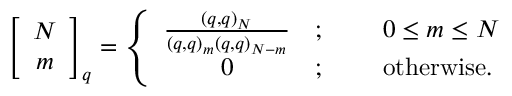
\; \; \; \left[ \begin{array} { c } { { N } } \\ { { m } } \end{array} \right] _ { q } = \left\{ \begin{array} { c l l } { { \frac { ( q , q ) _ { N } } { ( q , q ) _ { m } ( q , q ) _ { N - m } } } } & { { ; } } & { { \; \; \; \; \; 0 \leq m \leq N } } \\ { { 0 } } & { { ; } } & { { \; \; \; \; \; \mathrm { o t h e r w i s e . } } } \end{array} \right.